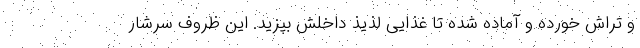
و تراش خورده و آماده شده تا غذایی لذیذ داخلش بپزید. این ظروف سرشار